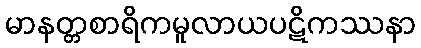
မာနတ္တစာရိကမူလာယပဋိကဿနာ